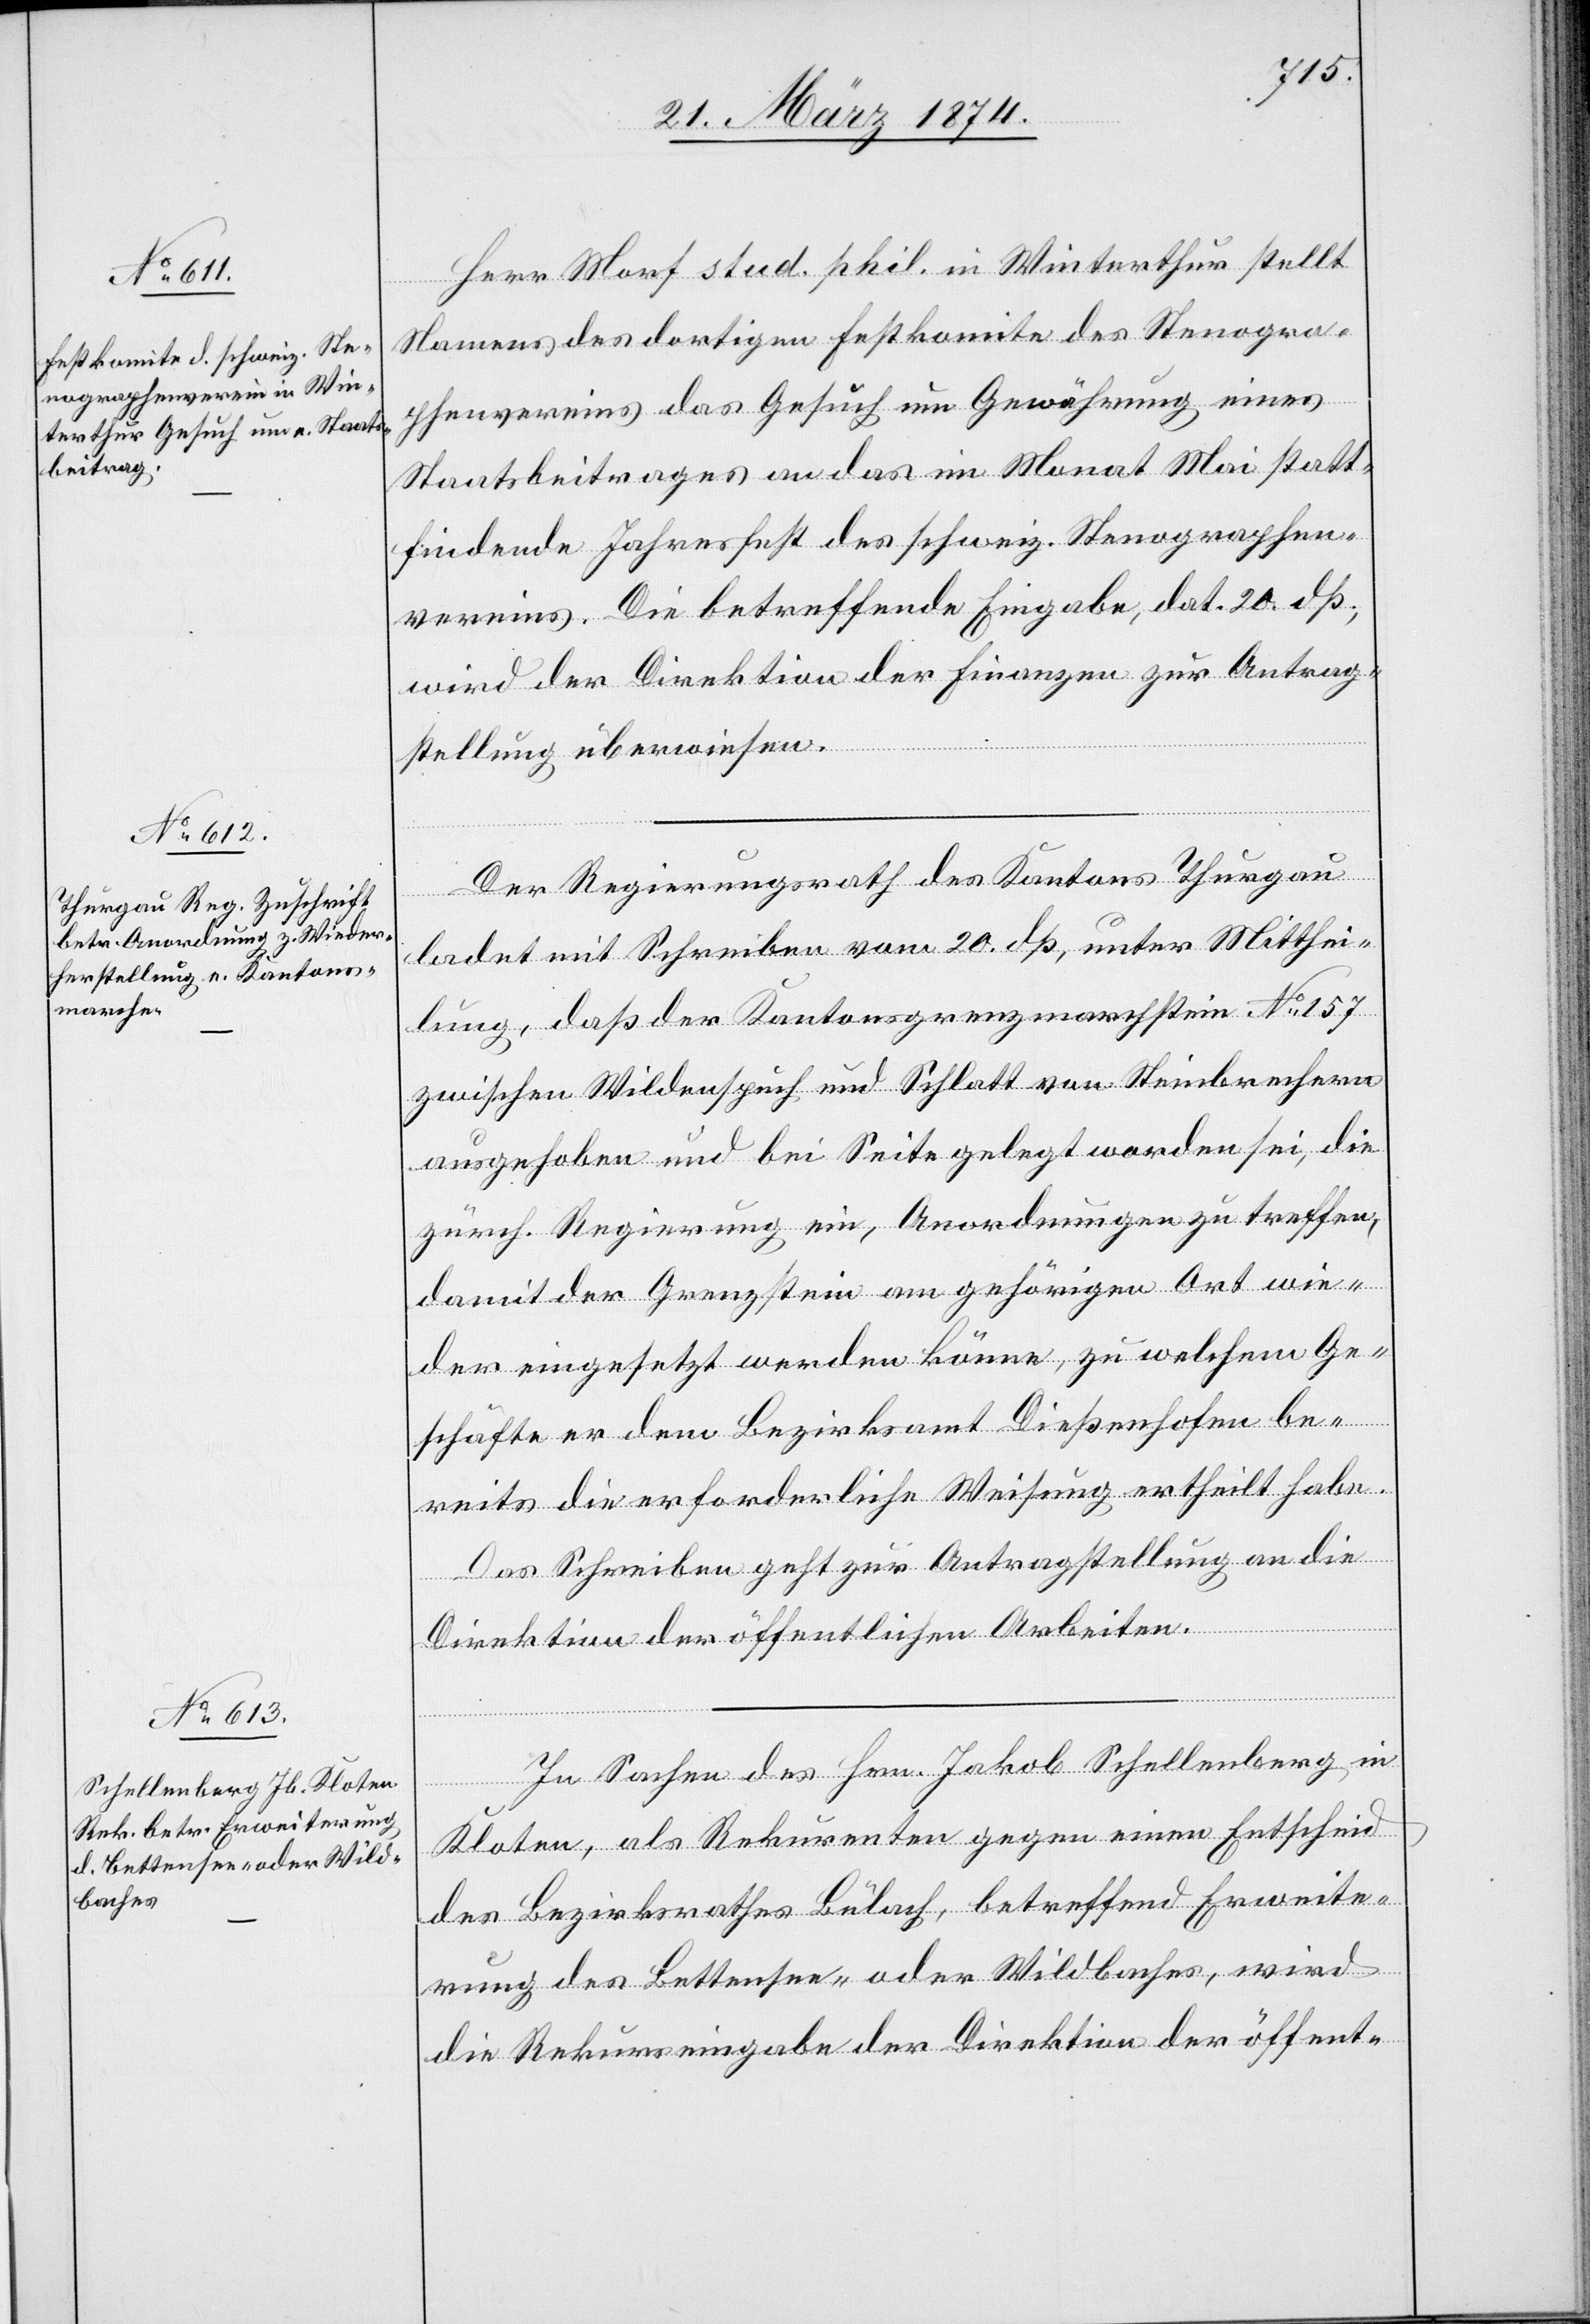
23. März 1874.]
Herr Morf stud. phil. in Winterthur stellt
Namens des dortigen Festkomite des Stenogra¬
phenvereins das Gesuch um Gewährung eines
Staatsbeitrages an das im Monat Mai statt¬
findende Jahresfest des schweiz. Stenographen¬
vereins. Die betreffende Eingabe, dat. 20. dß.,
wird der Direktion der Finanzen zur Antrag¬
stellung überwiesen.
Der Regierungsrath des Kantons Thurgau
ladet mit Schreiben vom 20. dß, unter Mitthei¬
lung, daß der Kantonsgrenzmarchstein No 157
zwischen Wildenspuch und Schlatt von Steinbrechern
ausgehoben und bei Seite gelegt worden sei, die
zürch. Regierung ein, Anordnungen zu treffen,
damit der Grenzstein am gehörigen Ort wie¬
der eingesetzt werden könne, zu welchem Ge¬
schäfte er dem Bezirksamt Dießenhofen be¬
reits die erforderliche Weisung ertheilt habe.
Das Schreiben geht zur Antragstellung an die
Direktion der öffentlichen Arbeiten.
In Sachen des Hrn. Jakob Schellenberg in
Kloten, als Rekurrenten gegen einen Entscheid
des Bezirksrathes Bülach, betreffend Erweite¬
rung des Bettensee- oder Wildbaches, wird
die Rekurseingabe der Direktion der öffent-